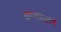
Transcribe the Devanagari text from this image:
धम्मपालन